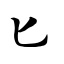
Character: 匕